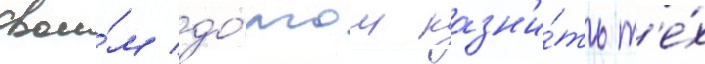
свои́м до́лгом казн'и́ть т'е́х